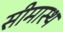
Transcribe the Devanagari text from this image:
सीमास्थ